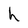
Character: h